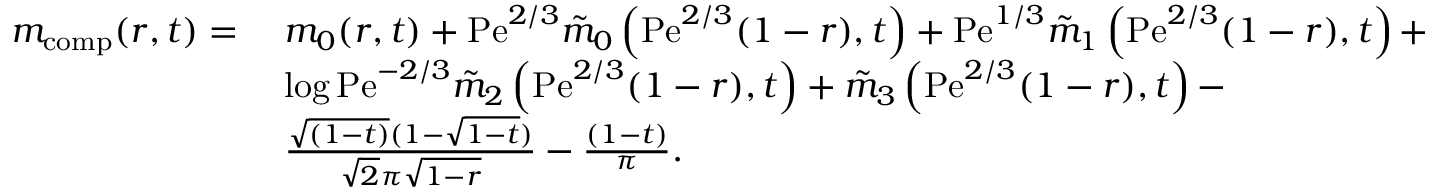
\begin{array} { r l } { m _ { \mathrm { c o m p } } ( r , t ) = } & { \; m _ { 0 } ( r , t ) + \mathrm { P e } ^ { 2 / 3 } \tilde { m } _ { 0 } \left( \mathrm { P e } ^ { 2 / 3 } ( 1 - r ) , t \right) + \mathrm { P e } ^ { 1 / 3 } \tilde { m } _ { 1 } \left( \mathrm { P e } ^ { 2 / 3 } ( 1 - r ) , t \right) + } \\ & { \; \log \mathrm { P e } ^ { - 2 / 3 } \tilde { m } _ { 2 } \left( \mathrm { P e } ^ { 2 / 3 } ( 1 - r ) , t \right) + \tilde { m } _ { 3 } \left( \mathrm { P e } ^ { 2 / 3 } ( 1 - r ) , t \right) - } \\ & { \; \frac { \sqrt { ( 1 - t ) } ( 1 - \sqrt { 1 - t } ) } { \sqrt { 2 } \pi \sqrt { 1 - r } } - \frac { ( 1 - t ) } { \pi } . } \end{array}